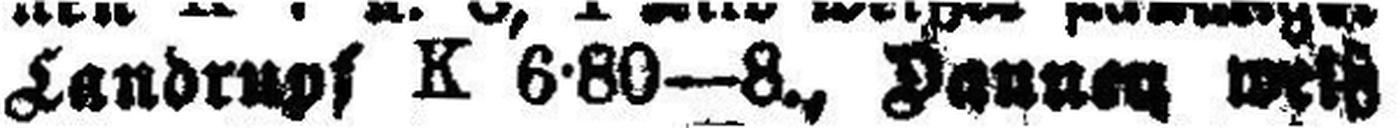
Landrupf K 6-80—8., Daunen with